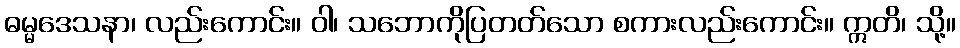
ဓမ္မဒေသနာ၊ လည်းကောင်း။ ဝါ၊ သဘောကိုပြတတ်သော စကားလည်းကောင်း။ ဣတိ၊ သို့။